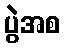
ပွဲအစ